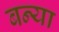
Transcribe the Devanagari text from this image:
बन्या